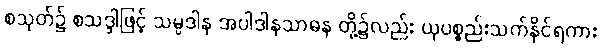
စသုတ်၌ စသဒ္ဒါဖြင့် သမ္ပဒါန အပါဒါနသာဓန တို့၌လည်း ယုပစ္စည်းသက်နိုင်ရကား